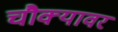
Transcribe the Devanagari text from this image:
चौक्यावर